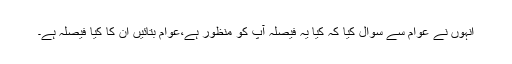
انہوں نے عوام سے سوال کیا کہ کیا یہ فیصلہ آپ کو منظور ہے،عوام بتائیں ان کا کیا فیصلہ ہے۔